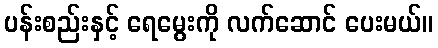
ပန်းစည်းနှင့် ရေမွေးကို လက်ဆောင် ပေးမယ်။